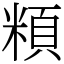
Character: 頪